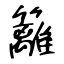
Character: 籬